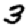
Digit: 3